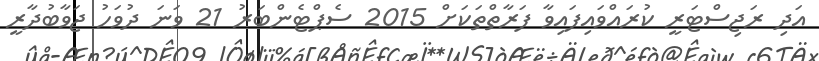
އަދި ރަޖިސްޓަރީ ކުރައްވައިފައިވާ ފަރާތްތަކަށްް 2015 ސެޕްޓެންބަރު 21 ވަނަ ދުވަހު ޖަވާބުދާރީ